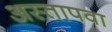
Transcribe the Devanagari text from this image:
अस्तापवा